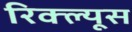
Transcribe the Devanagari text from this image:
रिक्ल्यूस